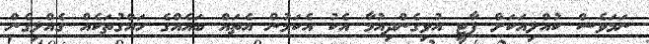
ނަމަވެސް ކުއްލިއަކަށް ޕާޓީ އުވިގެންދިއުމާ އެކު އެކަމުން އެތައް ބައެއްގެ ހައްގުތަކެއް ގެއްލިގެން